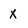
Character: x